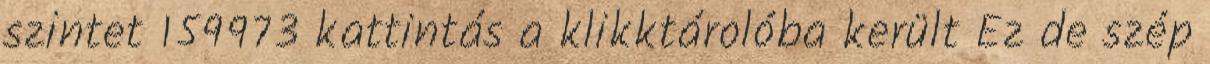
szintet 159973 kattintás a klikktárolóba került Ez de szép